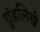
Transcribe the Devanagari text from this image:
ग्रुंडलिखे